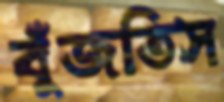
বুঁজতিস